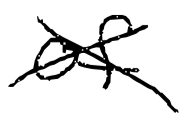
Text: of
Cross-out: cross
Writing tool: digital_black